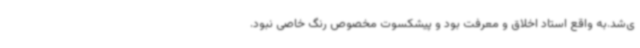
ی‌شد.به واقع استاد اخلاق و معرفت بود و پیشکسوت مخصوص رنگ خاصی نبود.